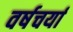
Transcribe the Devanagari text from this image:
वर्षचर्या